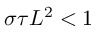
\sigma \tau L ^ { 2 } < 1